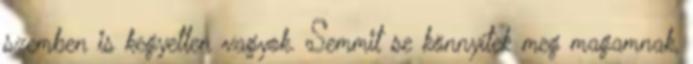
szemben is kegyetlen vagyok. Semmit se könnyítek meg magamnak,